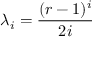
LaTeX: \lambda _ { i } = { \frac { ( r - 1 ) ^ { i } } { 2 i } }